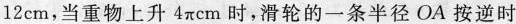
12cm，当重物上升4πcm时，滑轮的一条半径OA按逆时